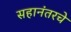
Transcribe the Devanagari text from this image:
सहानंतरचे